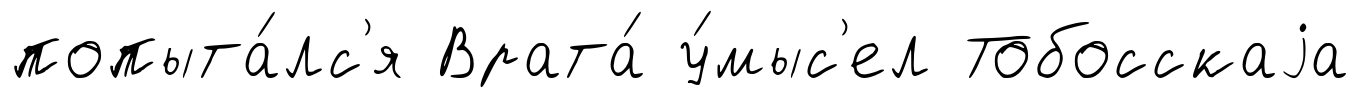
попыта́лс'я Врата́ у́мыс'ел Тобосскаjа